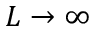
L \to \infty